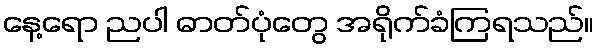
နေ့ရော ညပါ ဓာတ်ပုံတွေ အရိုက်ခံကြရသည်။